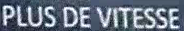
PLUS DE VITESSE